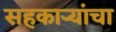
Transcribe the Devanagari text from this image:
सहकाऱ्यांचा